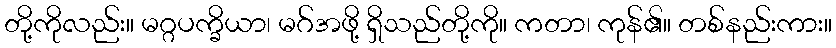
တို့ကိုလည်း။ မဂ္ဂပက္ခိယာ၊ မဂ်အဖို့ ရှိသည်တို့ကို။ ကတာ၊ ကုန်၏။ တစ်နည်းကား။